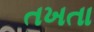
તખતા